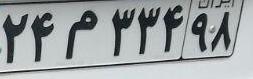
۲۴م۳۳۴۹۸